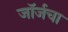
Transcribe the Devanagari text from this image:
जॉर्जचा